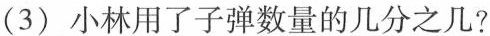
(3)小林用了子弹数量的几分之几?